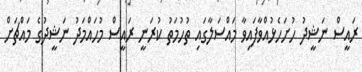
ރައީސް ނަޝީދު ހުށަހެޅުއްވާފައިވާ މައްސަލާގައި ތުހުމަތު ކުރަނީ ރައީސް މުހައްމަދު ނަޝީދުގެ މައްޗަށް